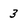
Character: 3